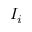
I _ { i }